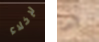
لإخلاء الى